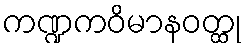
ကဏ္ဍကဝိမာနဝတ္ထု